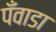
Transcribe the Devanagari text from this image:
पँवाडा